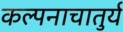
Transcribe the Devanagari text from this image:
कल्पनाचातुर्य